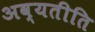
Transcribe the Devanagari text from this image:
अव्यतीति